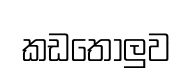
කඩතොලුව